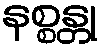
နစ္စန္တု